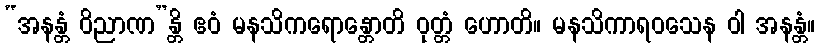
“အနန္တံ ဝိညာဏ”န္တိ ဧဝံ မနသိကရောန္တောတိ ဝုတ္တံ ဟောတိ။ မနသိကာရဝသေန ဝါ အနန္တံ။